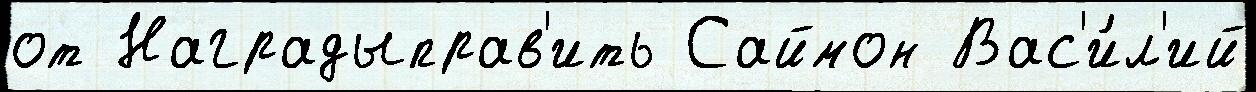
от Наградыправ'ить Саймон Вас'и́л'ий